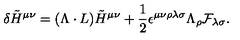
\delta \tilde { H } ^ { \mu \nu } = ( \Lambda \cdot L ) \tilde { H } ^ { \mu \nu } + { \frac { 1 } { 2 } } \epsilon ^ { \mu \nu \rho \lambda \sigma } \Lambda _ { \rho } { \cal F } _ { \lambda \sigma } .